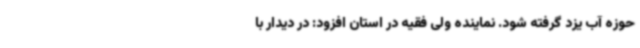
حوزه آب یزد گرفته شود. نماینده ولی فقیه در استان افزود: در دیدار با